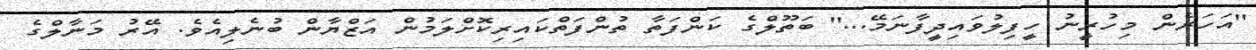
''އަހަރެން މިހުރީނު ހީފިލުވައިދީފާނަމޭ...'' ބަތޫލްގެ ކަންފަތާ ތުންފަތްކައިރިކޮށްލަމުން އަޒްޔާން ބުނެލިއެވެ. އޭރު މަނާލްގެ